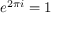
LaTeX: e ^ { 2 \pi i } = 1